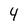
Character: 4